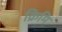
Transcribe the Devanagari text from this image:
क्रिमि